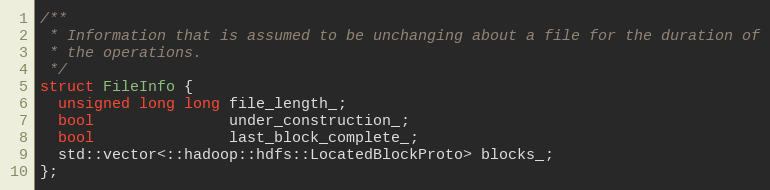
Language: C
/**
 * Information that is assumed to be unchanging about a file for the duration of
 * the operations.
 */
struct FileInfo {
  unsigned long long file_length_;
  bool               under_construction_;
  bool               last_block_complete_;
  std::vector<::hadoop::hdfs::LocatedBlockProto> blocks_;
};